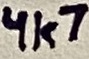
Text: 4k7